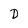
Character: D